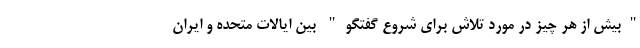
"بیش از هر چیز در مورد تلاش برای شروع گفتگو" بین ایالات متحده و ایران